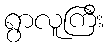
ရွာလူကြီး